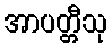
အာပတ္တီသု